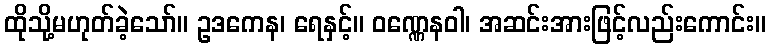
ထိုသို့မဟုတ်ခဲ့သော်။ ဥဒကေန၊ ရေနှင့်။ ဝဏ္ဏေနဝါ၊ အဆင်းအားဖြင့်လည်းကောင်း။